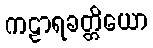
ကဠာရခတ္တိယော